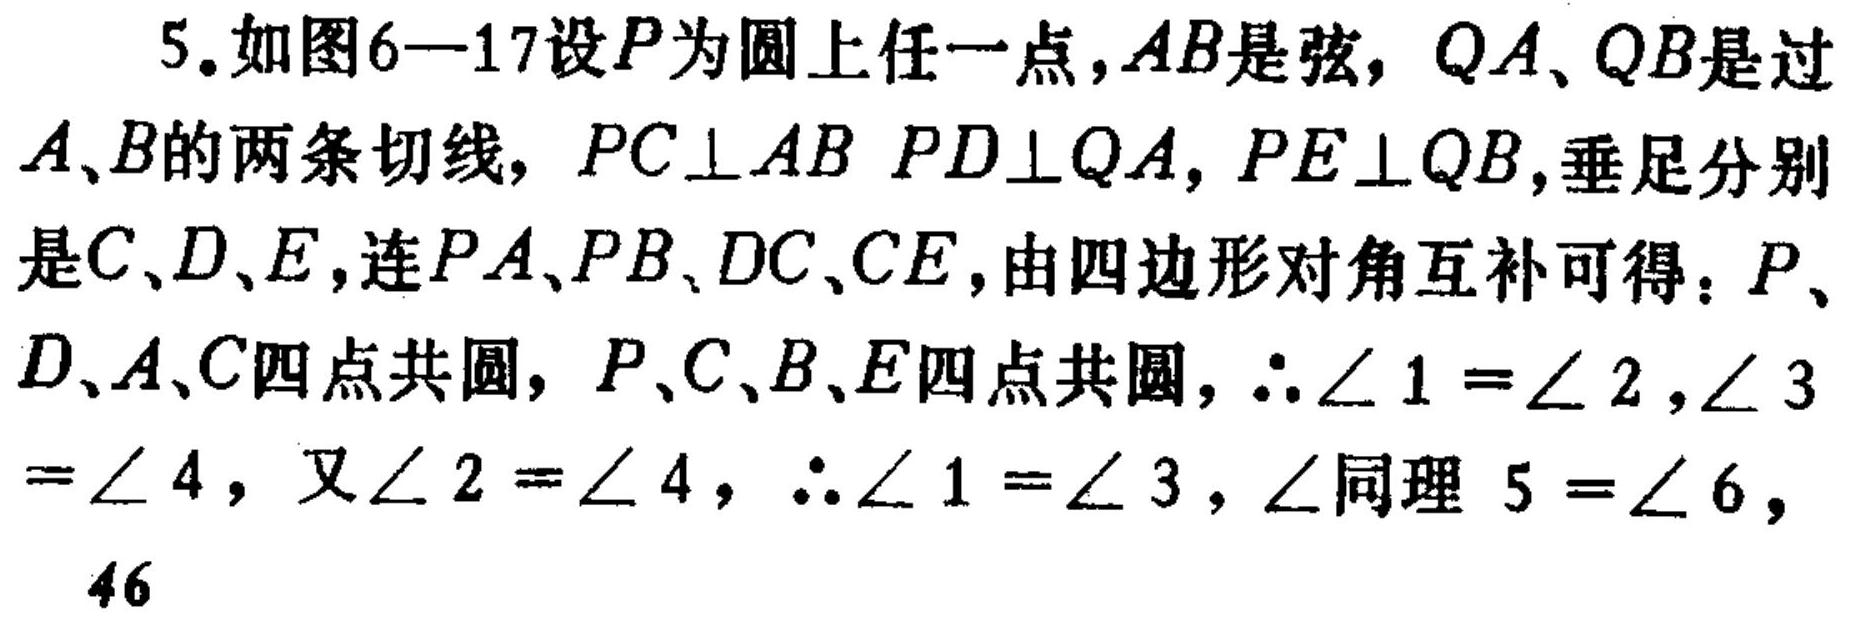
5.如图6—17设\(P\)为圆上任一点，\(AB\)是弦，\(QA\)、\(QB\)是过\(A\)、\(B\)的两条切线，\(PC\perp AB\) \(PD\perp QA\)，\(PE\perp QB\)，垂足分别是\(C\)、\(D\)、\(E\)，连\(PA\)、\(PB\)、\(DC\)、\(CE\)，由四边形对角互补可得：\(P\)、\(D\)、\(A\)、\(C\)四点共圆，\(P\)、\(C\)、\(B\)、\(E\)四点共圆，\(\therefore\angle 1=\angle 2,\angle 3\)
\(=\angle 4\)，又\(\angle 2=\angle 4\)，\(\therefore\angle 1=\angle 3\)，\(\angle\)同理\(5 = \angle 6\)，
46